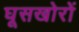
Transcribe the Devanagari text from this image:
घूसखोरों